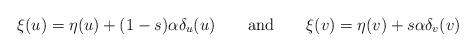
LaTeX: \begin{align*}\xi(u)=\eta(u)+(1-s)\alpha\delta_u(u)\qquad\mbox{and}\qquad\xi(v)=\eta(v)+s\alpha\delta_v(v)\end{align*}